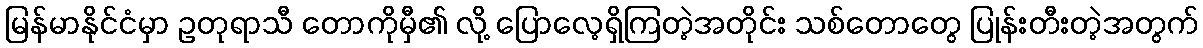
မြန်မာနိုင်ငံမှာ ဥတုရာသီ တောကိုမှီ၏ လို့ ပြောလေ့ရှိကြတဲ့အတိုင်း သစ်တောတွေ ပြုန်းတီးတဲ့အတွက်